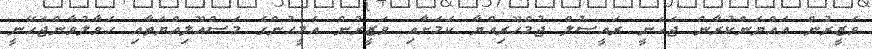
ވަޒީރުން އައްޔަންކުރާން ޖެހެނީ ރައީސުލް ޖުމްހޫރިއްޔާ ކަމަށާއި ވަޒީރުން އެމީހުންގެ މަސްއޫލިއްޔަތާއި ހަވާލުވާންޖެހޭނީ